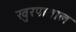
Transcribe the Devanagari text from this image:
खुरपाताल